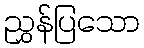
ညွှန်ပြသော